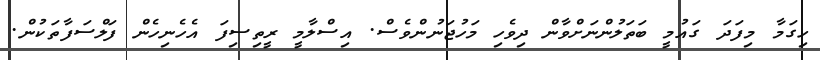
ހިގަމާ މިފަދަ ގައުމީ ބަތަލުންނަށްވާން ދިވެހި މަހުޖަނުންވެސް. އިސްލާމީ ރީތިސިފަ އެހެނިހެން ފަލްސަފާތަކުން.